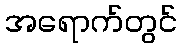
အရောက်တွင်